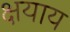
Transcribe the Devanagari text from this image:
क्षयाय